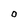
Character: 0